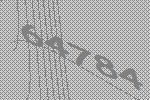
64784